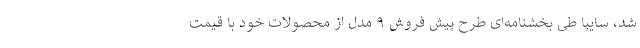
شد، سایپا طی بخشنامه‌ای طرح پیش فروش ۹ مدل از محصولات خود با قیمت